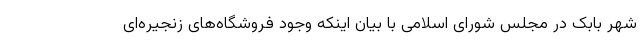
شهر بابک در مجلس شورای اسلامی با بیان اینکه وجود فروشگاه‌های زنجیره‌ای